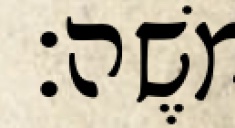
משֶׁה׃